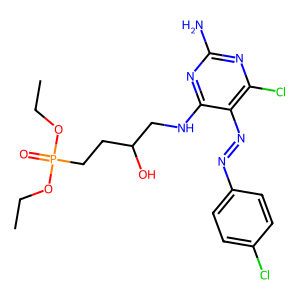
SMILES: CCOP(=O)(CCC(O)CNc1nc(N)nc(Cl)c1N=Nc1ccc(Cl)cc1)OCC
Inhibits HIV replication: No